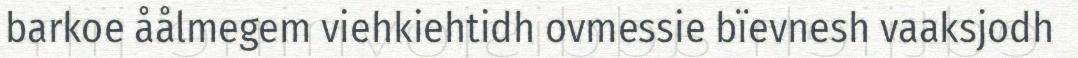
barkoe åålmegem viehkiehtidh ovmessie bïevnesh vaaksjodh